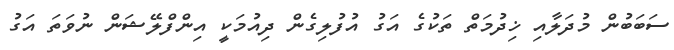
ސަބަބުން މުދަލާއި ޚިދުމަތް ތަކުގެ އަގު އުފުލިގެން ދިއުމަކީ އިންފްލޭޝަން ނުވަތަ އަގު